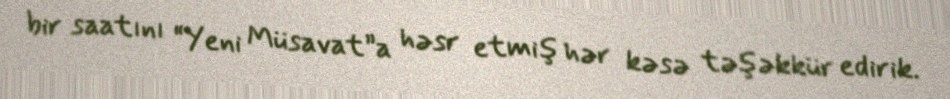
bir saatını “Yeni Müsavat”a həsr etmiş hər kəsə təşəkkür edirik.